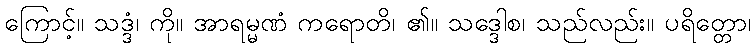
ကြောင့်။ သဒ္ဒံ၊ ကို။ အာရမ္မဏံ ကရောတိ၊ ၏။ သဒ္ဒေါစ၊ သည်လည်း။ ပရိတ္တော၊